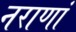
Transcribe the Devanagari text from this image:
नराणां